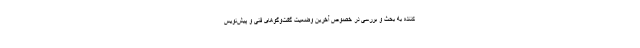
کننده به بحث و بررسی در خصوص آخرین وضعیت گفت‌وگوهای فنی و پیش‌نویس